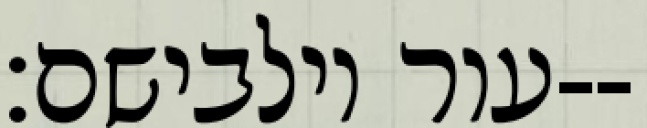
עור וילבישם׃--